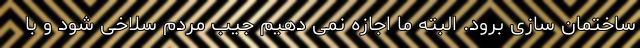
ساختمان سازی برود. البته ما اجازه نمی دهیم جیب مردم سلاخی شود و با